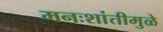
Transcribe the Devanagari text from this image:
मनःशांतीमुळे